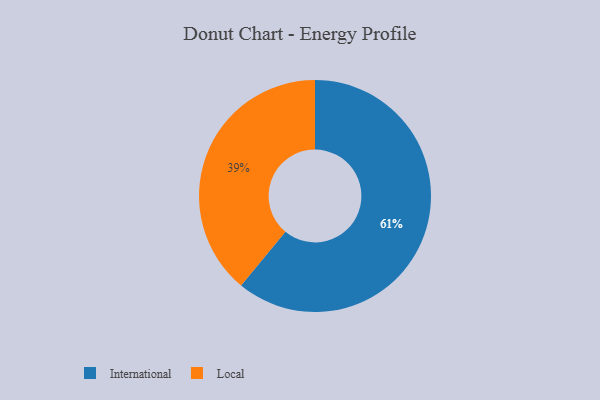
{"axis": {"x": "Category", "y": "Percentage"}, "legend": ["International", "Local"], "data": [{"x": "International", "y": 61, "type": "International"}, {"x": "Local", "y": 39, "type": "Local"}]}